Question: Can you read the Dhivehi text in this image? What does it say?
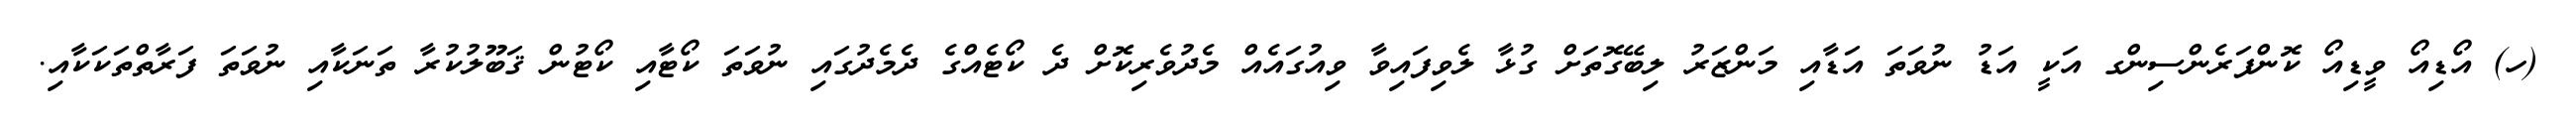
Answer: (ހ) އޯޑިއޯ ވީޑިއޯ ކޮންފަރެންސިންގ އަކީ އަޑު ނުވަތަ އަޑާއި މަންޒަރު ލިބޭގޮތަށް ގުޅާ ލެވިފައިވާ ވިއުގައެއް މެދުވެރިކޮށް ދެ ކޯޓެއްގެ ދެމެދުގައި ނުވަތަ ކޯޓާއި ކޯޓުން ޤަބޫލުކުރާ ތަނަކާއި ނުވަތަ ފަރާތްތަކަކާއި.